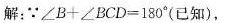
解：∵$$∠ B + ∠ B C D = 1 8 0 °$$(已知)，